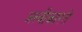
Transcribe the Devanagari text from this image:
अस्‍वीकारते